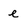
Character: e